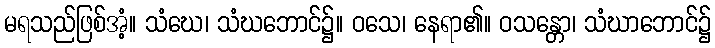
မရသည်ဖြစ်အံ့။ သံဃေ၊ သံဃဘောင်၌။ ဝသေ၊ နေရာ၏။ ဝသန္တော၊ သံဃာဘောင်၌